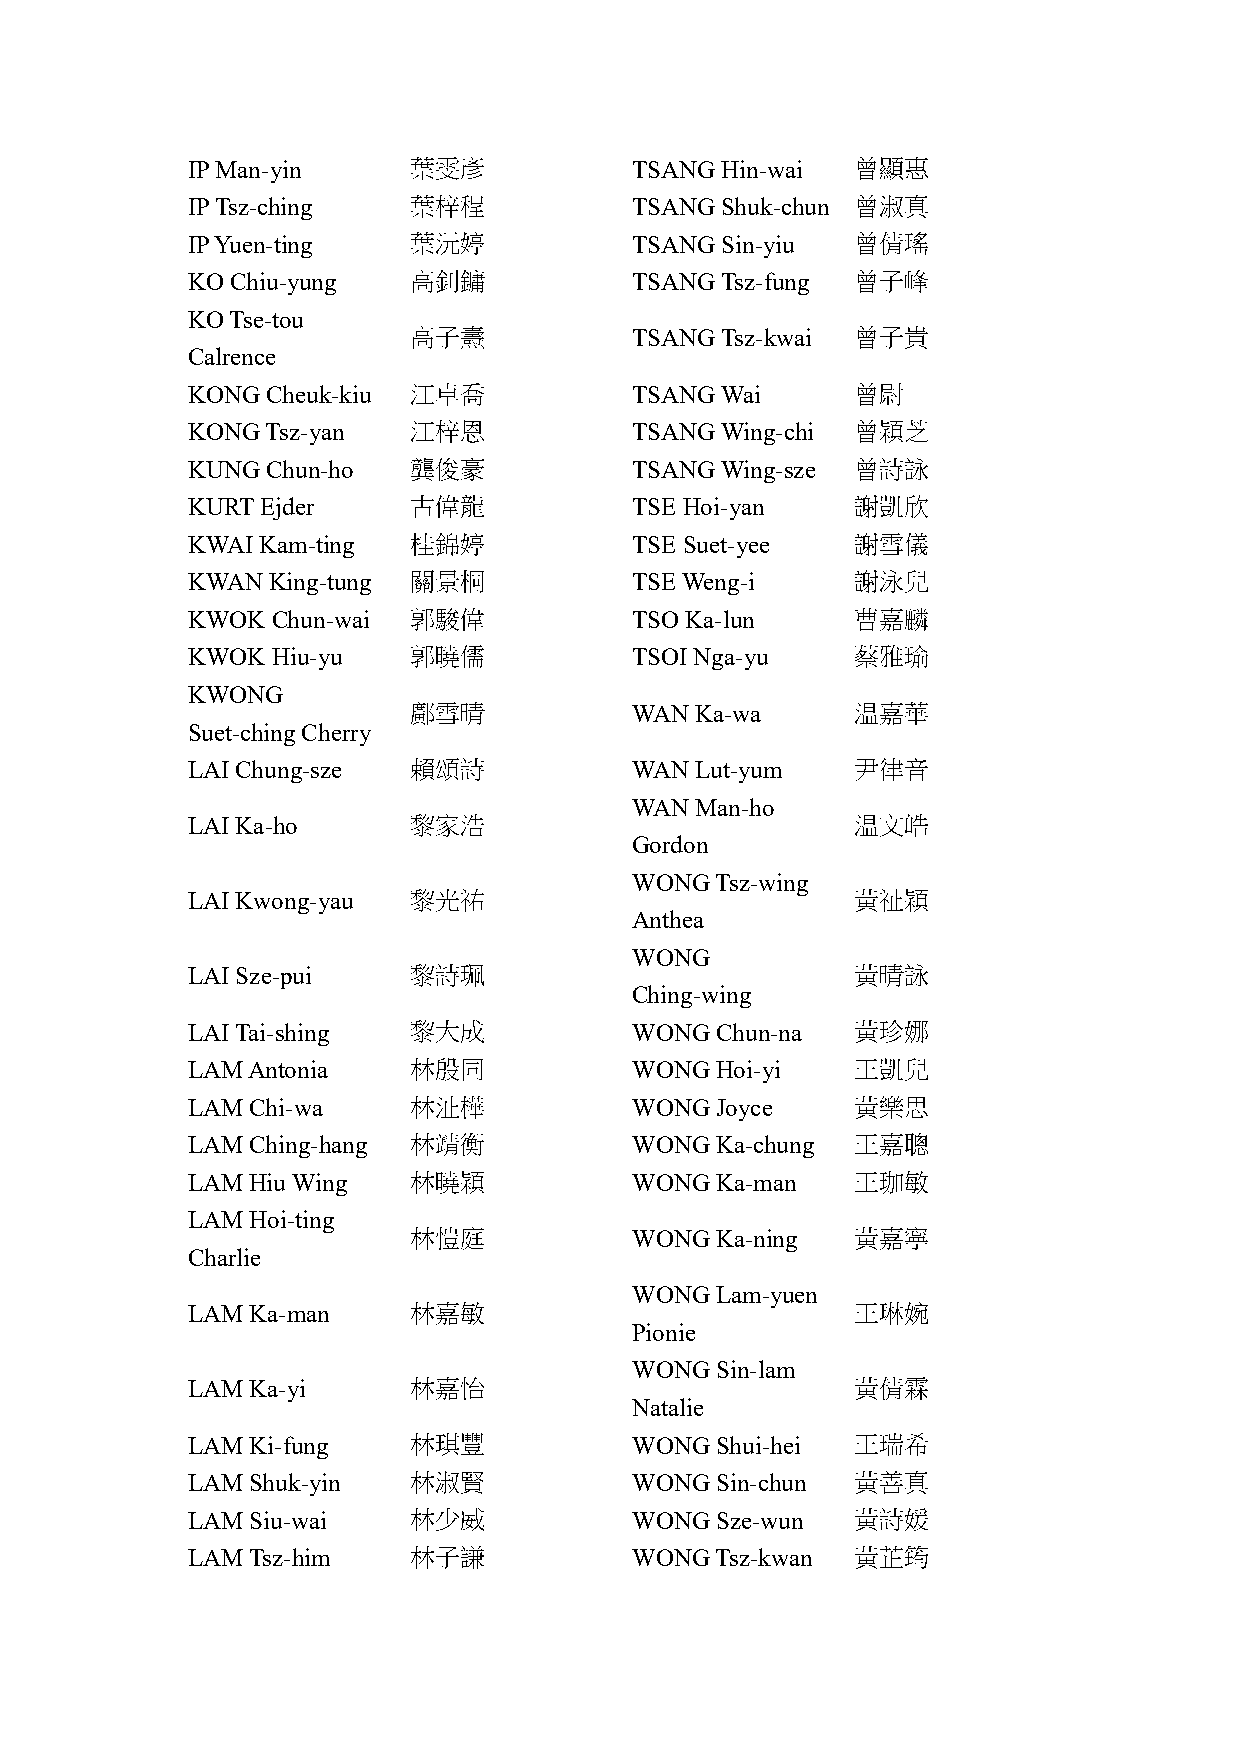
IP Man-yin     葉雯彥            TSANG Hin-wai  曾顯惠
 IP Tsz-ching   葉梓程            TSANG Shuk-chun 曾淑真
 IP Yuen-ting   葉沅婷            TSANG Sin-yiu  曾倩瑤
 KO Chiu-yung   高釗鏞            TSANG Tsz-fung 曾子峰
 KO Tse-tou
 高子燾            TSANG Tsz-kwai 曾子貴
 Calrence
 KONG  Cheuk-kiu 江卓喬           TSANG Wai      曾尉
 KONG  Tsz-yan  江梓恩            TSANG Wing-chi 曾穎芝
 KUNG  Chun-ho  龔俊豪            TSANG Wing-sze 曾詩詠
 KURT Ejder     古偉龍            TSE Hoi-yan    謝凱欣
 KWAI Kam-ting  桂錦婷            TSE Suet-yee   謝雪儀
 KWAN  King-tung 關景桐           TSE Weng-i     謝泳兒
 KWOK  Chun-wai 郭駿偉            TSO Ka-lun     曹嘉麟
 KWOK  Hiu-yu   郭曉儒            TSOI Nga-yu    蔡雅瑜
 KWONG
 鄺雪晴            WAN Ka-wa      温嘉華
 Suet-ching Cherry
 LAI Chung-sze  賴頌詩            WAN Lut-yum    尹律音
 WAN Man-ho
 LAI Ka-ho      黎家浩                           温文皓
 Gordon
 WONG Tsz-wing
 LAI Kwong-yau  黎光祐                           黃祉穎
 Anthea
 WONG
 LAI Sze-pui    黎詩珮                           黃晴詠
 Ching-wing
 LAI Tai-shing  黎大成            WONG Chun-na   黃珍娜
 LAM Antonia    林殷同            WONG Hoi-yi    王凱兒
 LAM Chi-wa     林沚樺            WONG Joyce     黃樂思
 LAM Ching-hang 林靖衡            WONG Ka-chung  王嘉聰
 LAM Hiu Wing   林曉穎            WONG Ka-man    王珈敏
 LAM Hoi-ting
 林愷庭            WONG Ka-ning   黃嘉寧
 Charlie
 WONG Lam-yuen
 LAM Ka-man     林嘉敏                           王琳婉
 Pionie
 WONG Sin-lam
 LAM Ka-yi      林嘉怡                           黃倩霖
 Natalie
 LAM Ki-fung    林琪豐            WONG Shui-hei  王瑞希
 LAM Shuk-yin   林淑賢            WONG Sin-chun  黃善真
 LAM Siu-wai    林少威            WONG Sze-wun   黃詩媛
 LAM Tsz-him    林子謙            WONG Tsz-kwan  黃芷筠